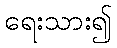
ရေးသား၍